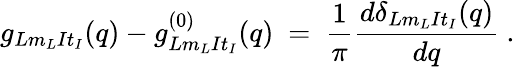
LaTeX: g_{Lm_{L}It_{I}}(q)-g_{Lm_{L}It_{I}}^{(0)}(q)~=~\frac{1}{\pi}\frac{d\delta_{Lm_{L}It_{I}}(q)}{dq}~.